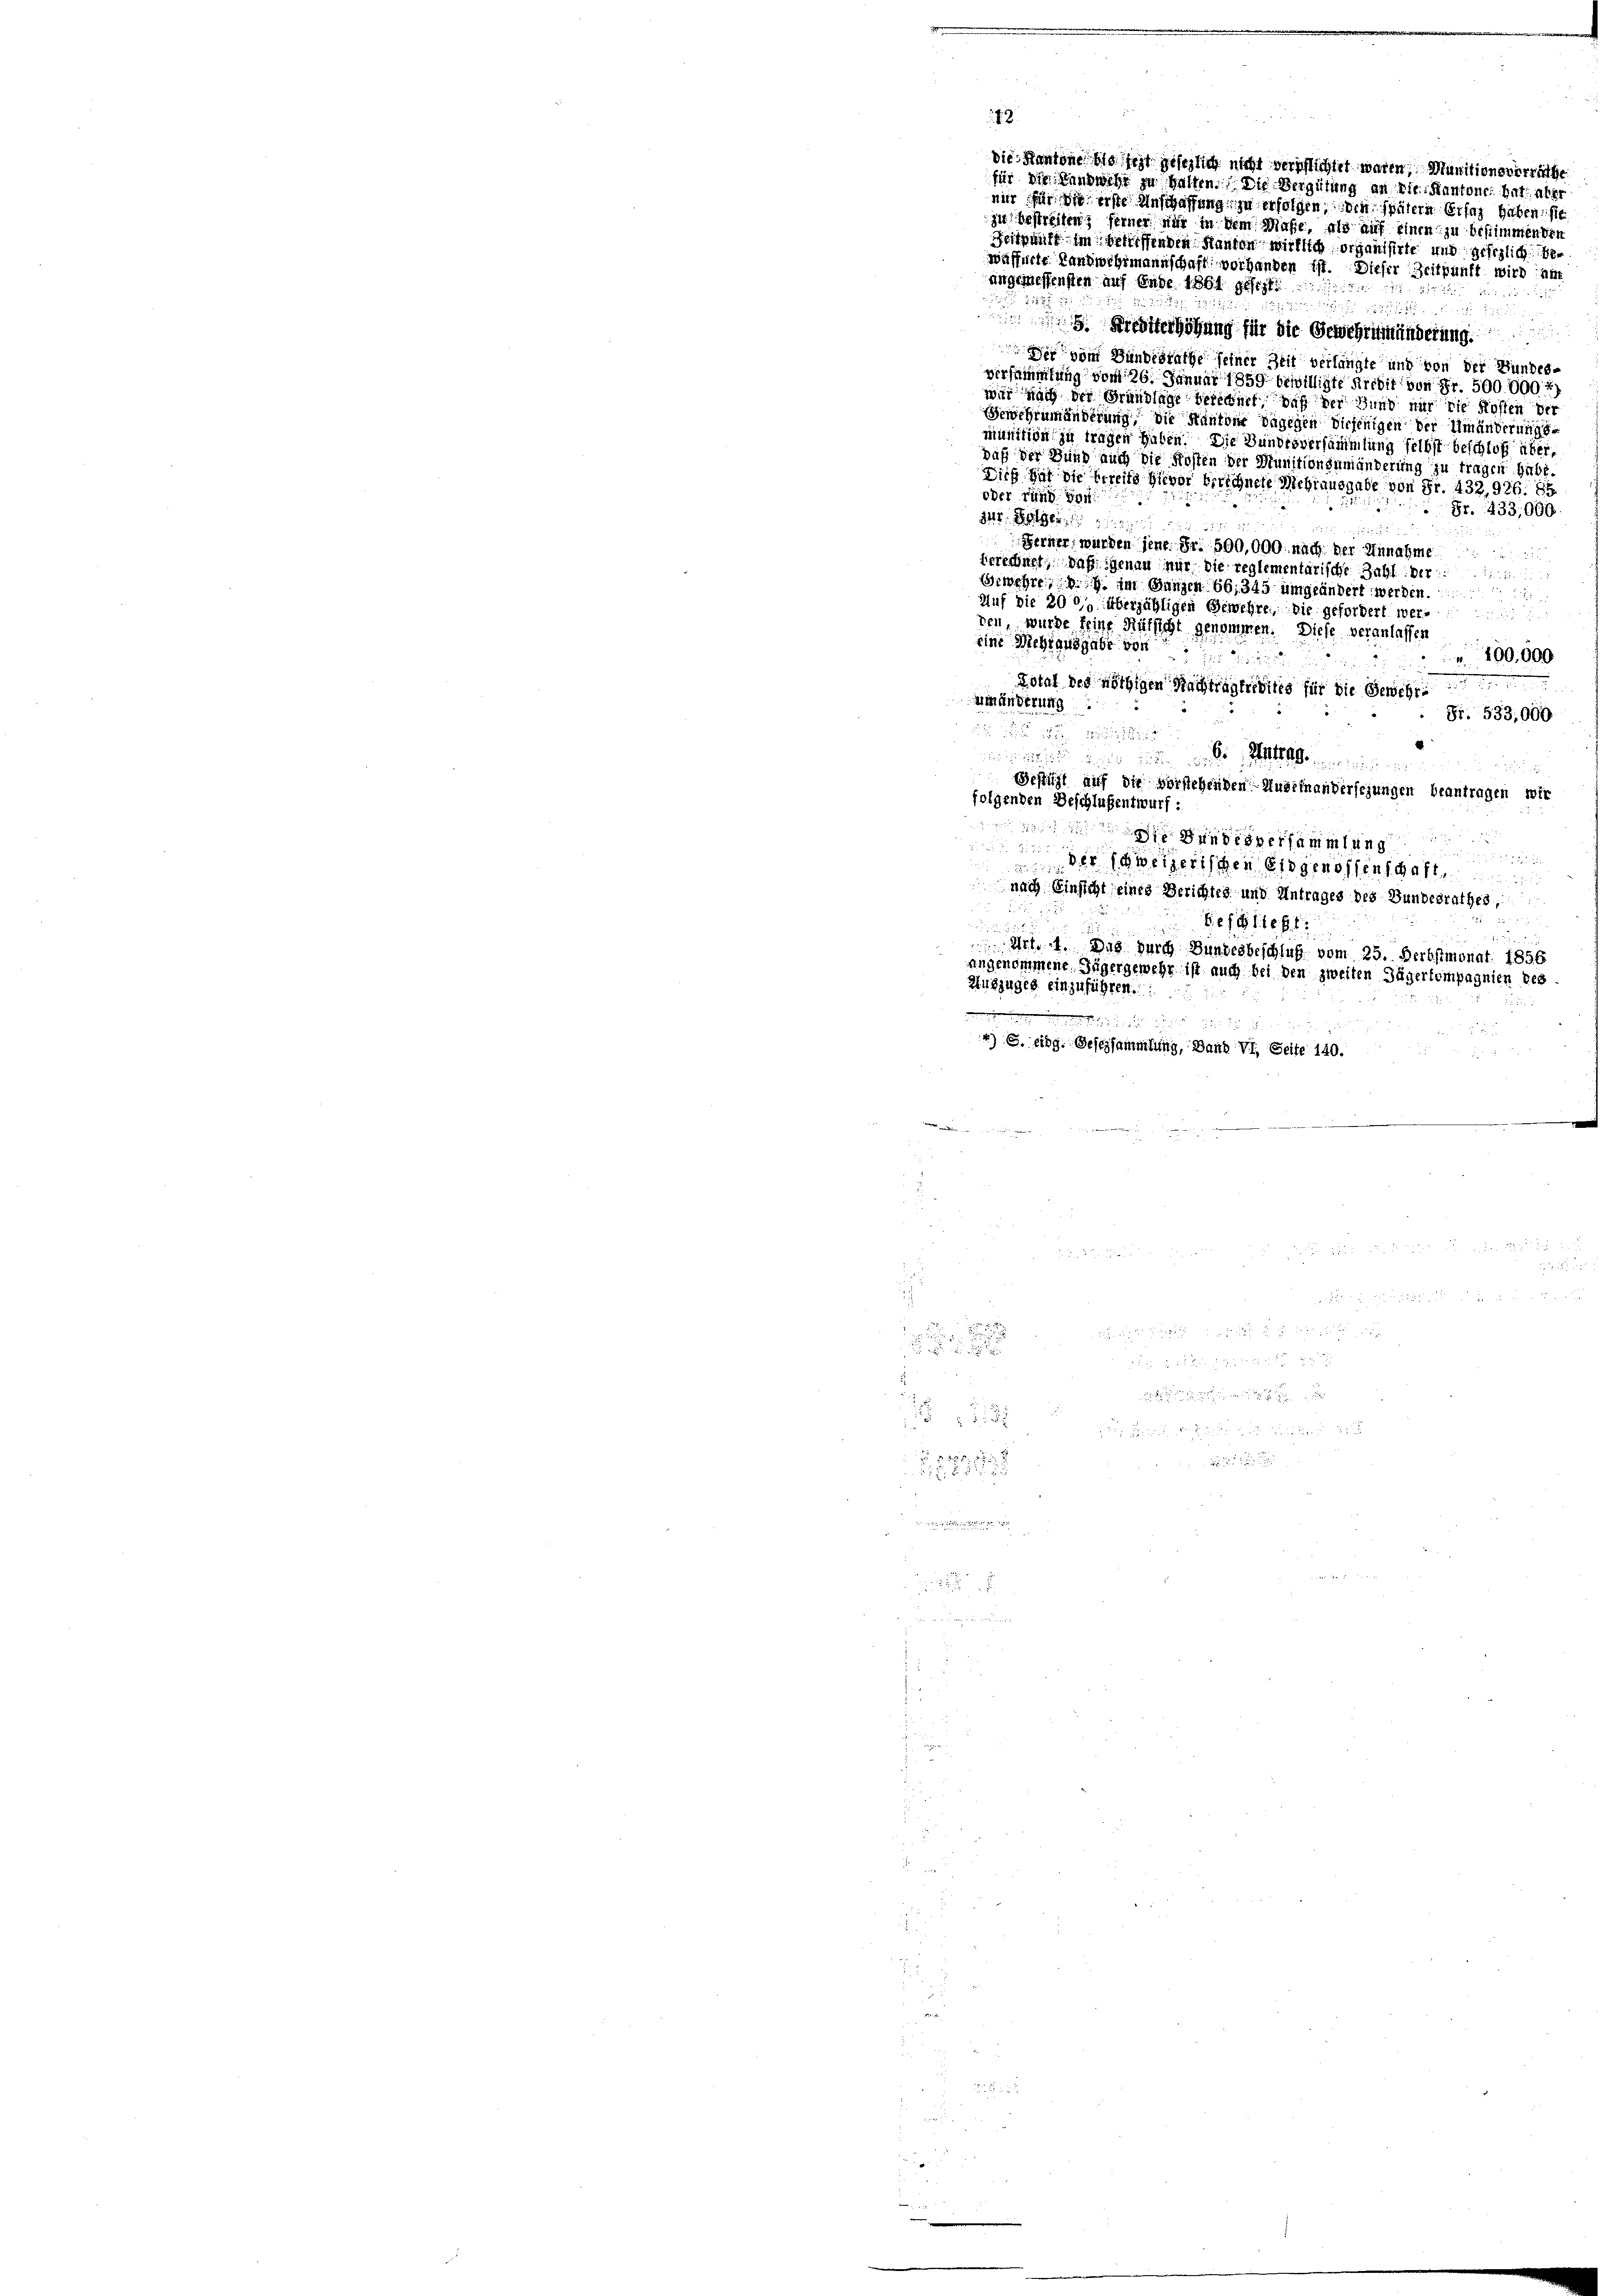
die Kantone bis fest gesezlich nicht verschlichtet waren, Munitionsverräthe
für die Landwehr zu halten. Die Vergütung an die Kantone hat aber
mir für die erste Anschaffung zu erfolgen, den spätern Eifer haben, sie
zu bestreiten; ferner nur in dem Masse, als auf einen zu bestimmen der
Zeitpunkt im Schiffenden Kanton wirklich organisirte und gesezlich bewäffnete Landwehrmannschaft vorhanden ist. Dieser Zeitpunft wird; un
angemessensten auf Ende 1861 gesezt

 x
 Krediterhöhung für die Gewehrsmänderung
 vom Bundesrathe seiner Zeit verlangte und von der Bundesversammlung vom 26. Januar 1859 bewilligte Kredit von Fr. 500.000 f
wir nach der Grundlage berednet, daß der Bund nur die Kosten der
Gewehrumänderung, die Kantone dagegen diejenigen der Umänderungsmunition zu tragen haben. Die Bundesversammlung selbst beschloß überdaß der Hund auch die Kosten der Munitionsumänderung zu tragen habe.
Dieß hat die bereits hievor verschnete Mehrausgabe von Fr. 432, 926. 89
oder rund von
Fr. 433,000.
341. Weiger
Ferner wurden jene. Fr. 500,000. nach der Annahme

berechnet, daß genau nur die reglementarische Zahl: Der
Gewehre, im Ganzen 66, 345 umgeändert werden
Auf die 200 überjähligen Gewehre, die gefordert wer
den wurde feine Russicht genommen. Diese veranlassen
eine Mehrausgabe von
100,000
Total des nöthigen Nachtragt dites für die Gewebe
umänderung
Si. 533,000

 . . . .

Gestüzt auf die vorstehenden Auseinandersehungen beantragen wir
folgenden Beschlußentwurf:
112
Die Bundesversammlung

der schweizerischen Eidgenossenschaft,
5

 nach Einsicht eines Gerichtes und Antrages des Bundesrathes,
Besatte

Art. 1. Das durch Bundesbeschluß vom 25. Derbstmonat 1856
angenommene Zügergewehr ist auch bei den zweiten Jägerkompagnien des
Auszuges einzuführen.

11 und zu
4) S. eidg. Gesersammlung, Band VI. Seite 140.

e
2

5

e

a
8

12751